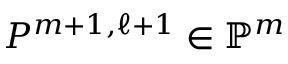
P ^ { m + 1 , \ell + 1 } \in { \mathbb { P } } ^ { m }